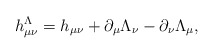
\begin{align*}h_{\mu\nu}^\Lambda = h_{\mu\nu} + \partial_\mu \Lambda_\nu - \partial_\nu \Lambda_\mu ,\end{align*}